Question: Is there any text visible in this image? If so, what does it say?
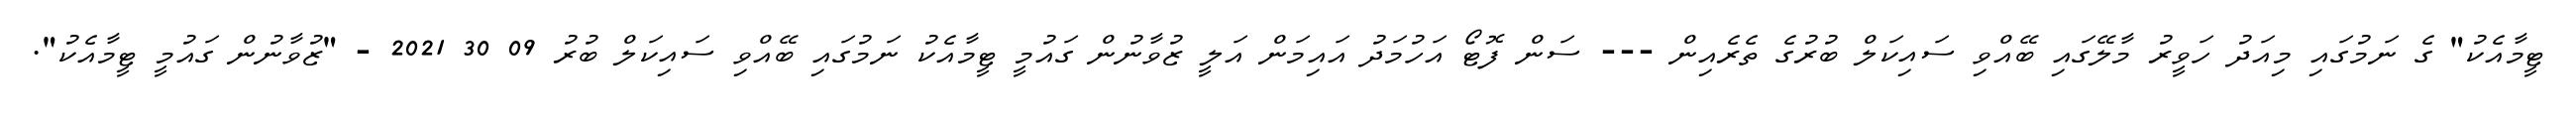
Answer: ޓީމާއެކު" ގެ ނަމުގައި މިއަދު ހަވީރު މާލޭގައި ބޭއްވި ސައިކަލް ބުރުގެ ތެރެއިން --- ސަން ފޮޓޯ އަހުމަދު އައިމަން އަލީ ޒުވާނުން ގައުމީ ޓީމާއެކު ނަމުގައި ބޭއްވި ސައިކަލް ބުރު 09 30 2021 - "ޒުވާނުން ގައުމީ ޓީމާއެކު".